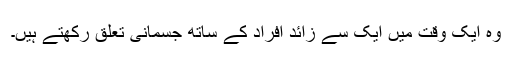
وہ ایک وقت میں ایک سے زائد افراد کے ساتھ جسمانی تعلق رکھتے ہیں۔